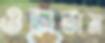
ওড়াতাম